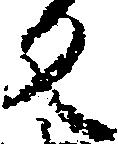
反